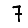
Digit: 7